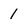
Character: 1